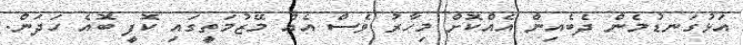
އަޅުގަނޑުމެން ދެބެއިން އެއްކޮށް މިހާރު ވެސް އެއް މޭޒުމަތީގައި ކޮފީ ބޮއެ ހަދަން.